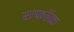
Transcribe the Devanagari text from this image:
सफॉक